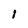
Character: l